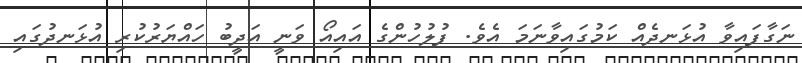
ނަގާފައިވާ އުޅަނދެއް ކަމުގައިވާނަމަ އެވެ. ފުލުހުންގެ އައިއޯ ވަނީ އަދީބު ހައްޔަރުކުރި އުޅަނދުގައި